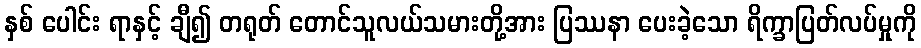
နှစ် ပေါင်း ရာနှင့် ချီ၍ တရုတ် တောင်သူလယ်သမားတို့အား ပြဿနာ ပေးခဲ့သော ရိက္ခာပြတ်လပ်မှုကို